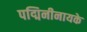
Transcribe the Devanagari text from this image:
पद्मिनीनायके